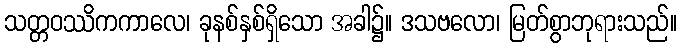
သတ္တဝဿိကကာလေ၊ ခုနစ်နှစ်ရှိသော အခါ၌။ ဒသဗလော၊ မြတ်စွာဘုရားသည်။